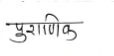
मजकूर: पुराणिक